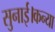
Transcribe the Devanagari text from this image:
सुनाई।कन्या